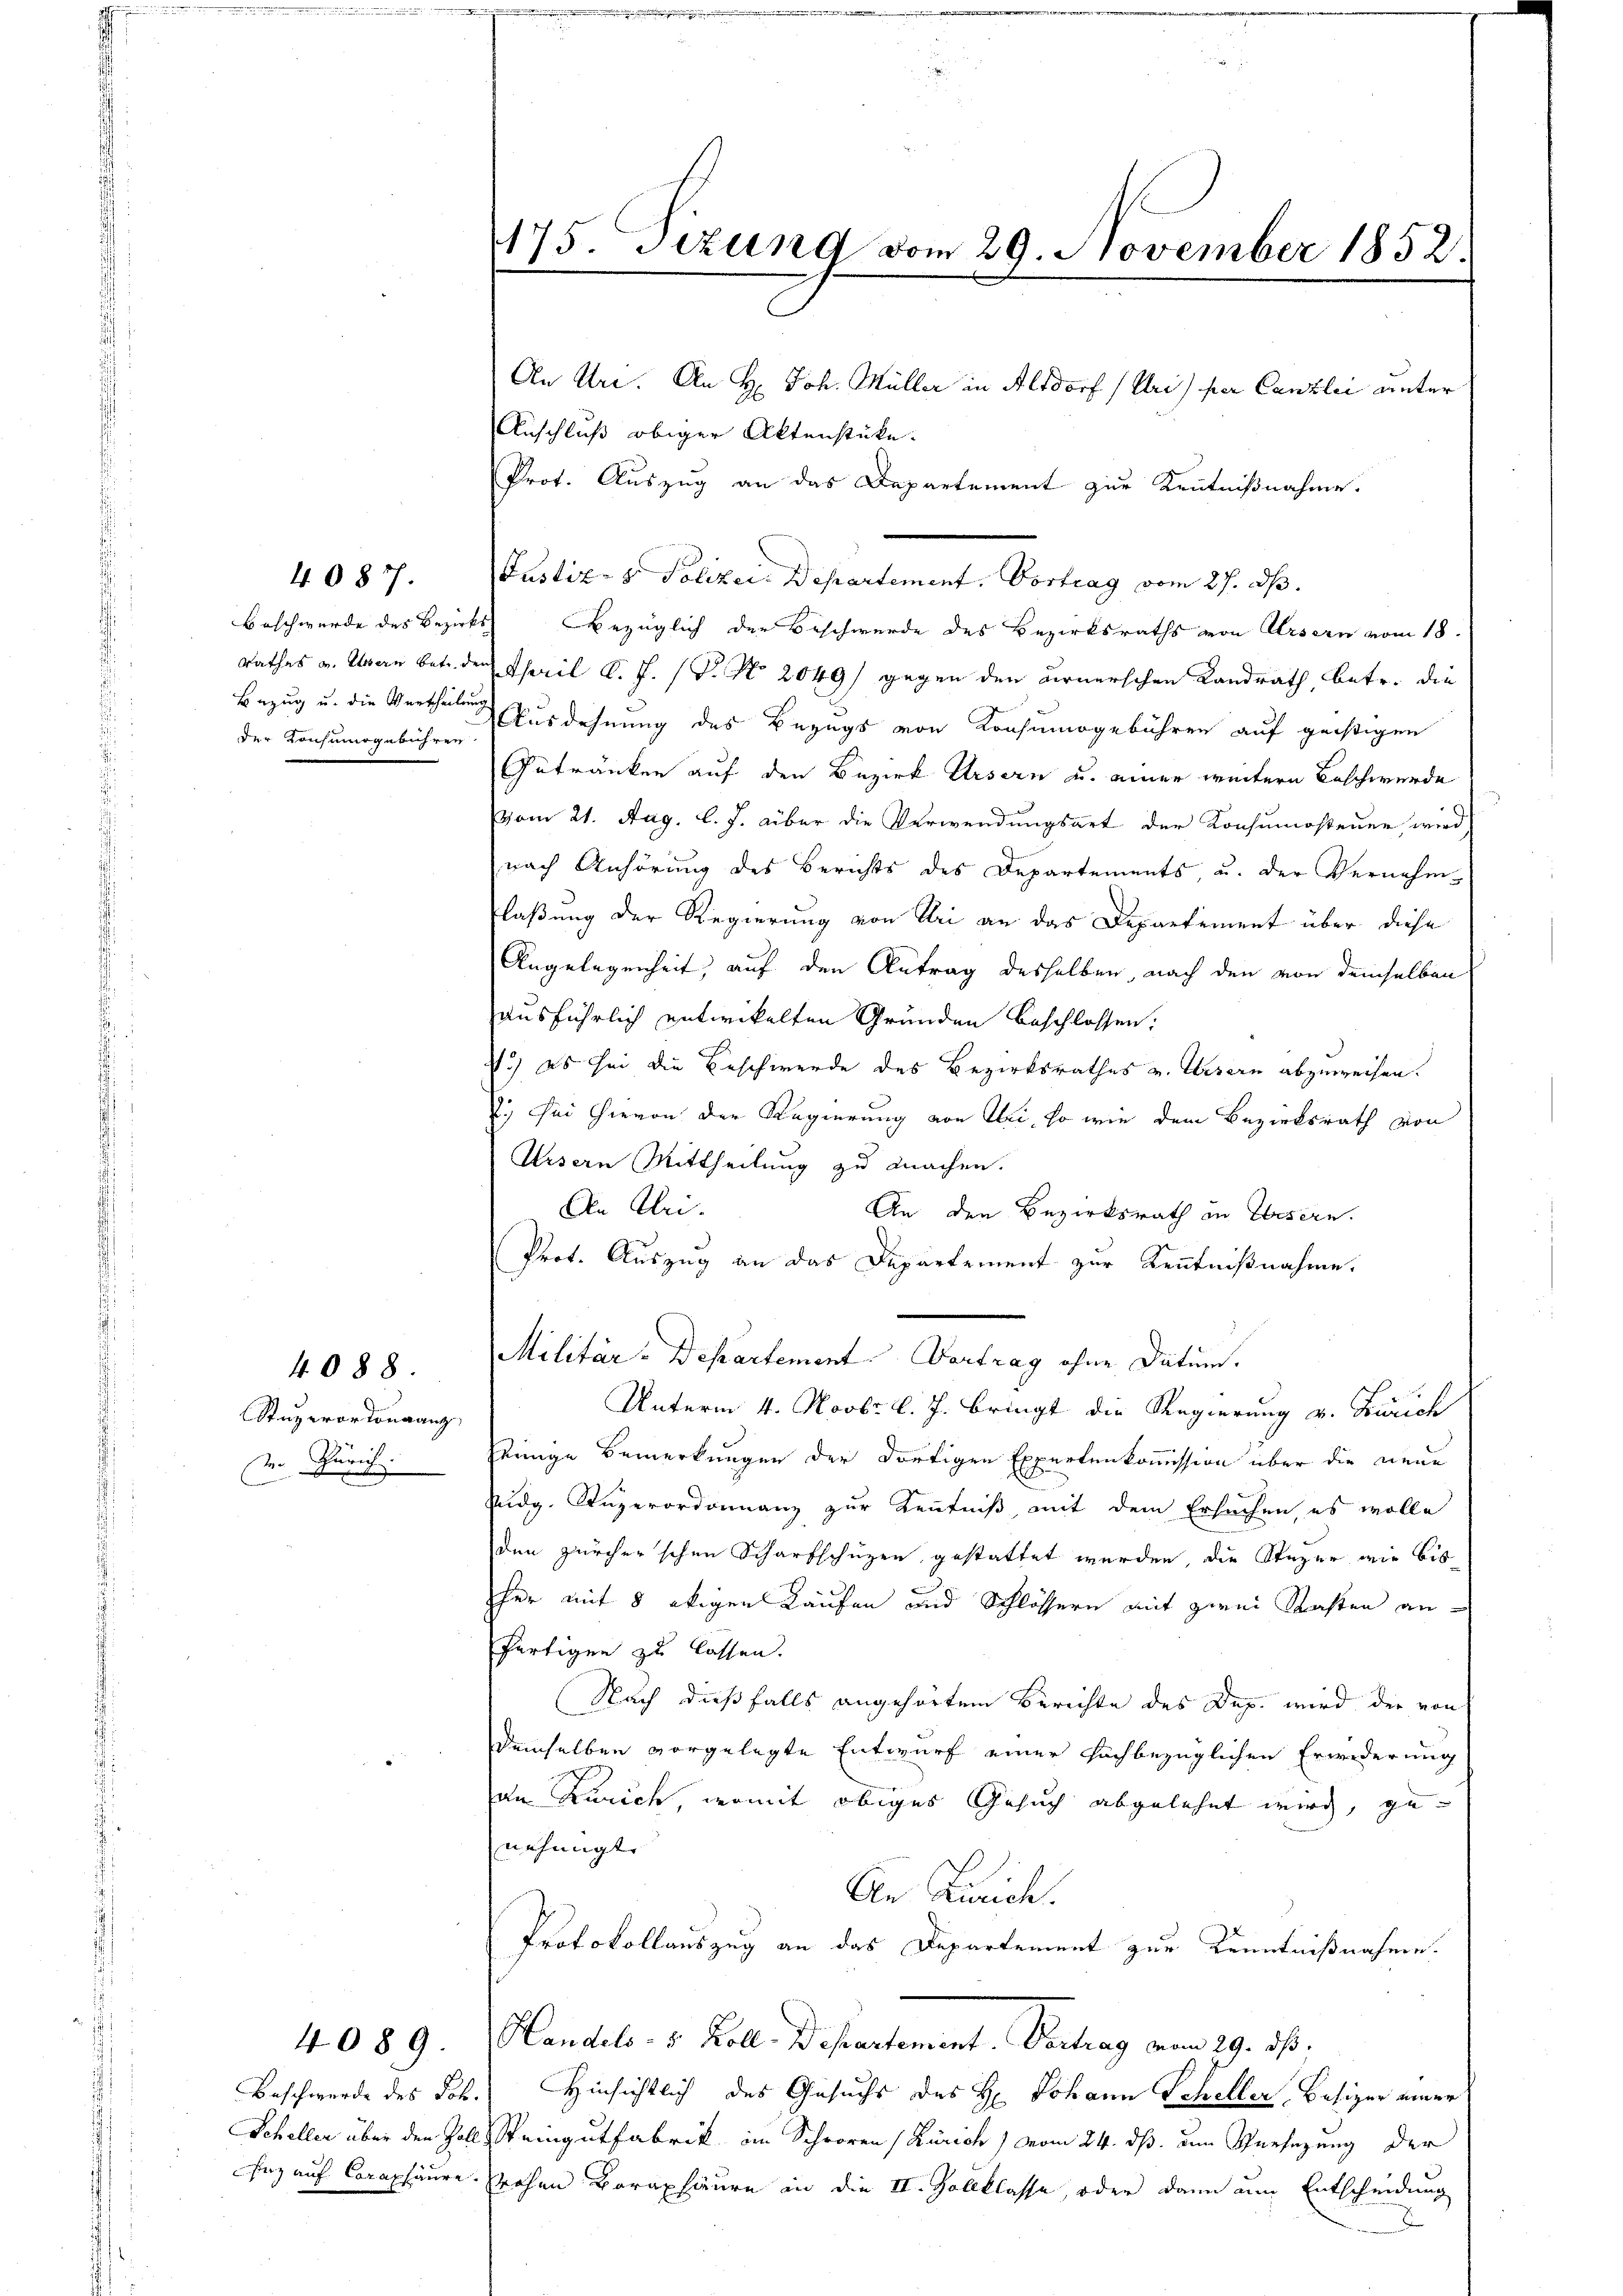
175. Tizung vom 29. November 1852.
An Uri. An H. Joh. Müller in Altdorf (Uri) per Canzlei unter
Anschluß obiger Aktenstücke.
Prot. Auszug an das Departement zur Kenntnißnahme.

Justiz- & Polizei. Departement. Vortrag vom 27. ds.
bezüglich der Beschwerde des Bezirksraths von Ursern vom 18.
rathes v. Man betr. der Thail l. J. (T. No 2049) gegen den Birnerschen Landrath, betr. die
Bezug u. die Vertheilung Ausdehnung des Bezugs von Konsumsgebühren auf geißigen
Getränken auf den Bezirk Ursern u. einer weitere Beschwerde
vom 21. Aug. l. J. über die Verwendungsart der Konsumosteuer, wird
nach Anhörung des Berichts des Departements u. der Vernehmlaßung der Regierung von Uri an das Departement über diese
Angelegenheit, auf den Antrag desselben, nach den von demselben
ausführlich entwickelten Gründen beschlossen:
I.) es sei die Beschwerde des Bezirksrathes v. Ursern abzuweisen.
2.) Sei hievon der Regierung von Uri, so wie dem Bezirksrath von
Ursern Mittheilung zu machen.
An Klei
An den Bezirksrath in Ursern.
Prot. Auszug an das Departement zur Kenntnißnahme.
Militär-Departement. Vortrag ohne Datum.
Unterm 4. Novbr. l. J. bringt die Regierung v. Zürich
seinige Bemerkungen der dortigen Expertenkommission über die neue
Eidg. Ruperordonanz zur Kenntniß, mit dem Ersuchen, es wolle
den zürcherschon Scharfschüzen gestattet werden, die Stazer wie bis
sher mit 8 obigen Kaufen und Schlössern mit zwei Kasten anfertigen zu lassen.
Nach dießfalls angehörtem Berichte des Dep. wird der von
demselben vorgelegte Entwurf einer hochbezüglichen Erwiderung
an Zürich, womit obiges Gesuch abgelehnt wird, genehmigt. |
An Zürich.
Protokollauszug an das Departement zur Kenntnißnahme.
Handel - 5. Kolle Departement. Vertrag vom 29. ds.
Beschwerde des Joh. Hinsichtlich des Gesuchs des H: Johann Scheller Besizer einer
2. Steingutfabrik im Schworen (Zürich / vom 24. ds. um Versezung der
srohen Boraphiure an die II. Zollklasse, oder dann um Entscheidung

4087.

Beschwerde des Bezirks
der Konsumsgebühren

4088.

Stuporton ganz
v. Zürich
e

4089.

Scheller über den Poli
fer auf Coraphaure